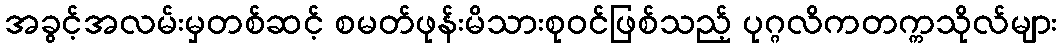
အခွင့်အလမ်းမှတစ်ဆင့် စမတ်ဖုန်းမိသားစုဝင်ဖြစ်သည့် ပုဂ္ဂလိကတက္ကသိုလ်များ